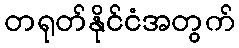
တရုတ်နိုင်ငံအတွက်